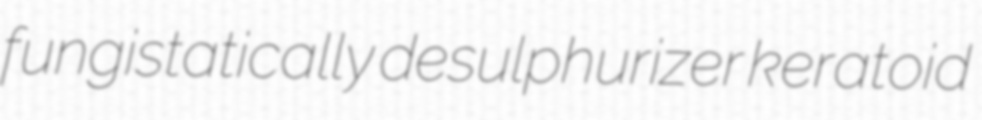
fungistatically desulphurizer keratoid